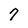
Character: 7